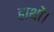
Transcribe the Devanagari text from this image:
हाथों।